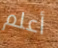
أعلم